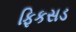
ફિકસડ